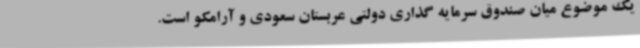
یک موضوع میان صندوق سرمایه گذاری دولتی عربستان سعودی و آرامکو است.